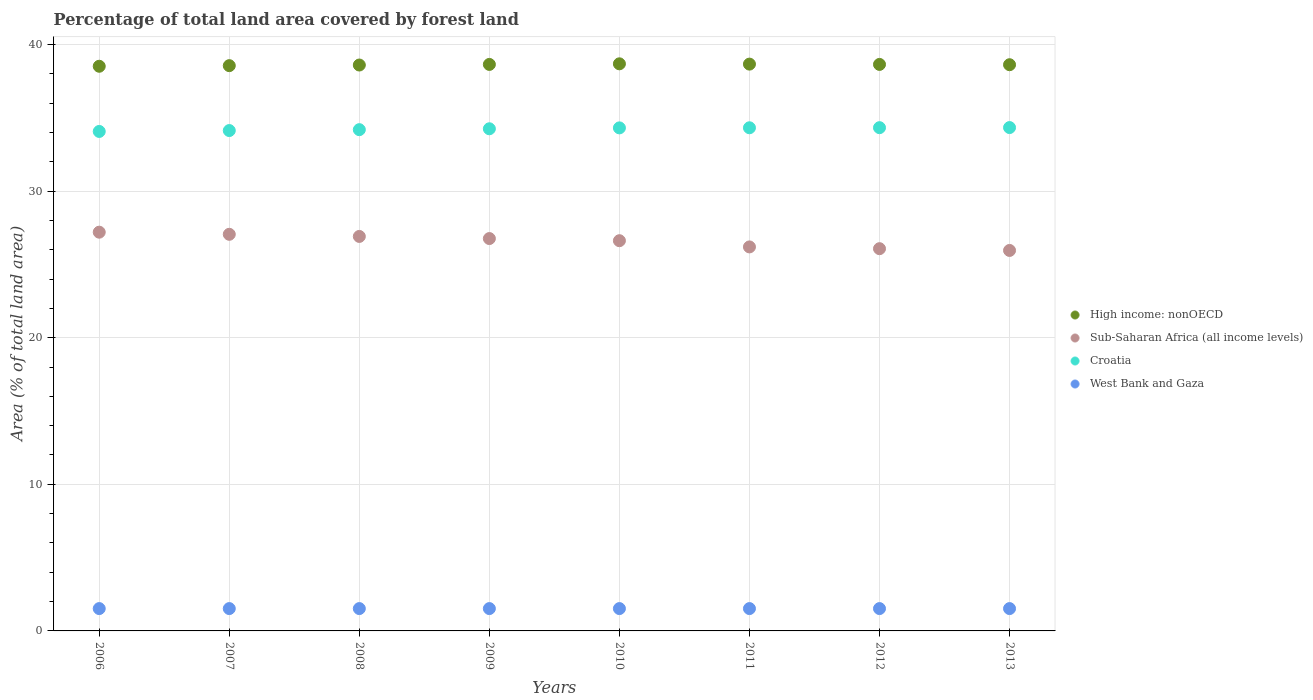
| Years | High income: nonOECD | Sub-Saharan Africa (all income levels) | Croatia | West Bank and Gaza |
 | --- | --- | --- | --- | --- |
 | 2006 | 38.5 | 27.2 | 34.1 | 1.52 |
 | 2007 | 38.6 | 27.1 | 34.1 | 1.52 |
 | 2008 | 38.6 | 26.9 | 34.2 | 1.52 |
 | 2009 | 38.6 | 26.8 | 34.2 | 1.52 |
 | 2010 | 38.7 | 26.6 | 34.3 | 1.52 |
 | 2011 | 38.7 | 26.2 | 34.3 | 1.52 |
 | 2012 | 38.6 | 26.1 | 34.3 | 1.52 |
 | 2013 | 38.6 | 26 | 34.3 | 1.52 |